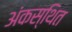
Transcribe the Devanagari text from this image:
अंकस्थित